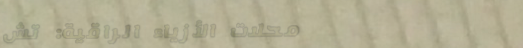
محلات الأزياء الراقية: تش